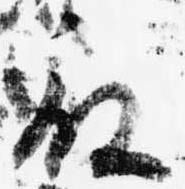
殿